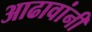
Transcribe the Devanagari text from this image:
आढावांनी